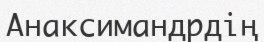
Анаксимандрдің